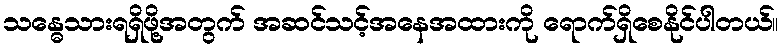
သန္ဓေသားရရှိဖို့အတွက် အဆင်သင့်အနေအထားကို ရောက်ရှိစေနိုင်ပါတယ်။